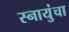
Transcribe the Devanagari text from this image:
स्नायुंचा